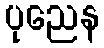
ပုညေန